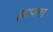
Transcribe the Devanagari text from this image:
झापला